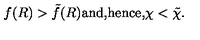
f ( R ) > \tilde { f } ( R ) \mathrm { a n d , } \mathrm { h e n c e , } \chi < \tilde { \chi } .